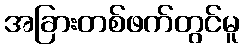
အခြားတစ်ဖက်တွင်မူ